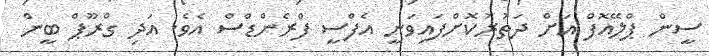
ސީން ޕްލޭއޮފް އަށް ދަތުރުކޮށްފައިވަނީ އެފްސީ ފްރެންޑްސް އެވެ. އަދި ގްރޫޕް ބީން